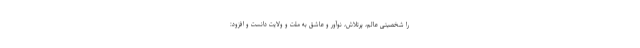
را شخصیتی عالم، پرتلاش، نوآور و عاشق به ملت و ولایت دانست و افزود: